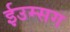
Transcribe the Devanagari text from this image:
ईउम्सग